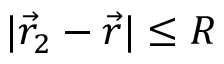
| \vec { r } _ { 2 } - \vec { r } | \le R